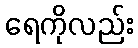
ရေကိုလည်း